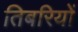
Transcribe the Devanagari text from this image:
तिबरियों